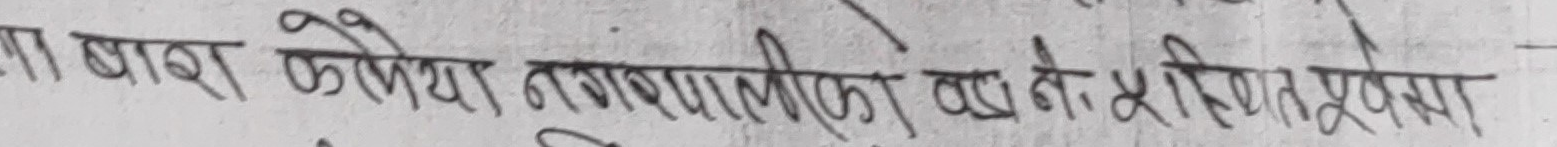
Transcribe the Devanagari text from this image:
मा वाश कोशिया नङ्गण्णणालीको बढ्दो शिक्षित मूल्यमा